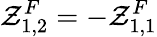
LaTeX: \mathcal{Z}_{1,2}^{F}=-\mathcal{Z}_{1,1}^{F}